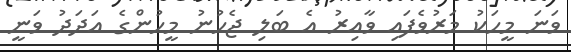
ވަނަ މީހަކު މަރުވެފައި ވާއިރު އެ ބަލި ޖެހުނު މީހުންގެ އަދަދު ވަނީ